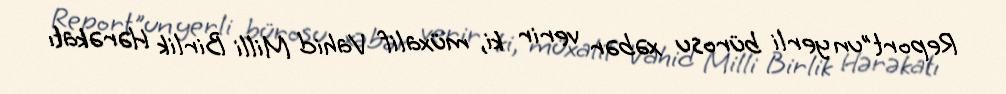
Report"un yerli bürosu xəbər verir ki, müxalif Vahid Milli Birlik Hərəkatı